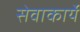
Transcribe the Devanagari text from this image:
सेवाकार्ये